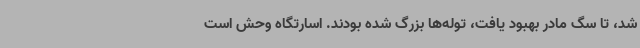
شد، تا سگ مادر بهبود یافت، توله‌ها بزرگ شده بودند. اسارتگاه وحش است